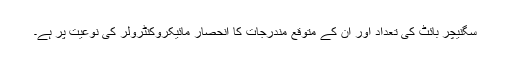
سگنیچر بائٹ کی تعداد اور ان کے متوقع مندرجات کا انحصار مائیکروکنٹرولر کی نوعیت پر ہے۔